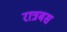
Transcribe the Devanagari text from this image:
रात्रबस